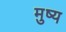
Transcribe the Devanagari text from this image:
मुष्य